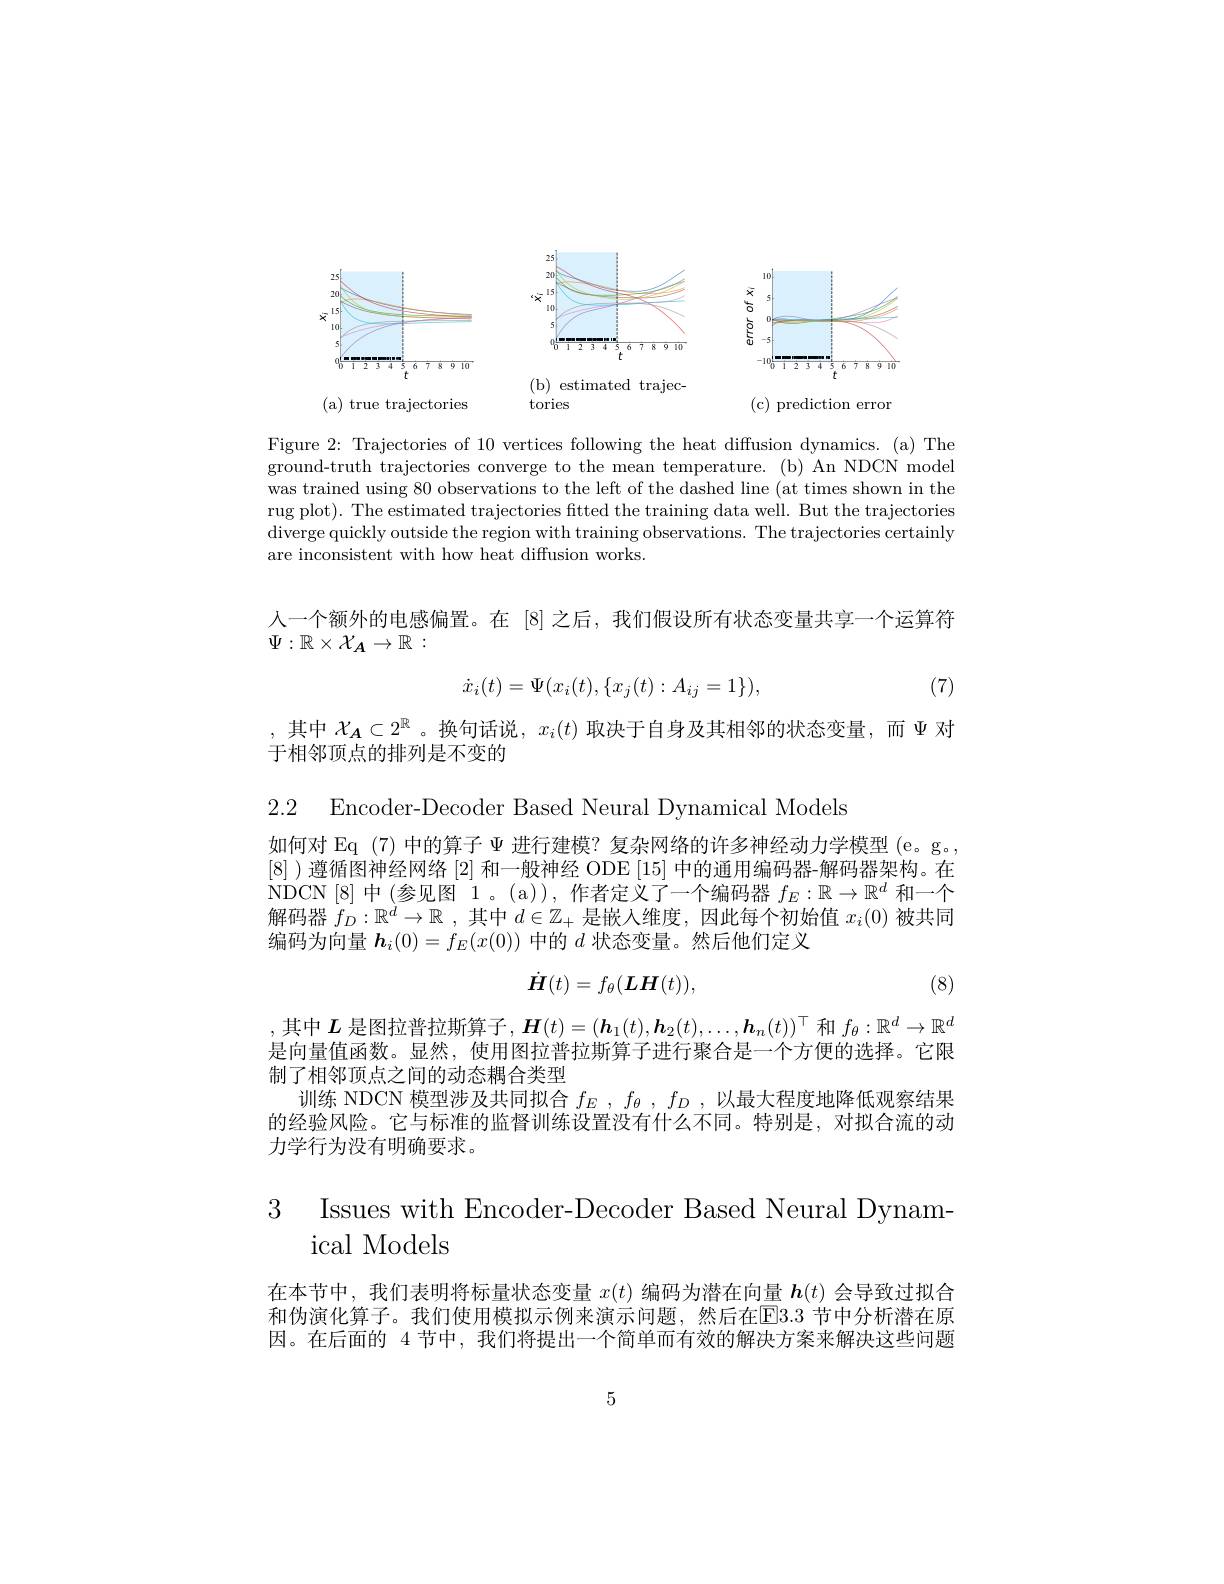
<FigureHere>

tories

(c)prediction error

(a) true trajectories

Figure 2: Trajectories of 10 vertices following the heat diffusion dynamics. (a) The ground-truth trajectories converge to the mean temperature. (b) An NDCN model was trained using 80 observations to the left of the dashed line (at times shown in the rug plot). The estimated trajectories fitted the training data well. But the trajectories ${\text{diverge quickly outside the region with training observations. The trajectories certainly}}$ are inconsistent with how heat diffusion works.

人一个额外的电感偏置。在[8]之后，我们假设所有状态变量共享一个运算符
$\Psi:\mathbb{R}\times\mathcal{X}_{A}\to\mathbb{R}:$

(7)
$$\dot{x}_i(t)=\Psi(x_i(t),\{x_j(t):A_{ij}=1\}),$$
,其中$\mathcal{X}_{\boldsymbol{A}}\subset2^{\mathbb{R}}$ 。换句话说，$x_i(t)$取决于自身及其相邻的状态变量，而$\Psi$对
于相邻顶点的排列是不变的

2.2 Encoder-Decoder Based Neural Dynamical Models

如何对 Eq (7)中的算子$\Psi$进行建模？复杂网络的许多神经动力学模型 (e。g。, [8] )遵循图神经网络 [2] 和一般神经 ODE [15] 中的通用编码器-解码器架构。在NDCN[8]中(参见图 1。(a)), 作者定义了一个编码器$f_E:\mathbb{R}\to\mathbb{R}^d$和一个解码器$f_D:\mathbb{R}^d\to\mathbb{R}$ ,其中$d\in\mathbb{Z}_+$是嵌人维度，因此每个初始值$x_i(0)$被共同编码为向量$\boldsymbol h_i(0)=f_E(x(0))$中的$d$状态变量。然后他们定义
$$\dot{\boldsymbol{H}}(t)=f_\theta(\boldsymbol{LH}(t)),$$
(8)

$\vdash L$
$$\boldsymbol{H}(t)=(\boldsymbol{h}_1(t),\boldsymbol{h}_2(t),\ldots,\boldsymbol{h}_n(t))^\top $$
$f_\theta:\mathbb{R}^d\to\mathbb{R}^d$
是向量值函数。显然，使用图拉普拉斯算子进行聚合是一个方便的选择。它限
制了相邻顶点之间的动态耦合类型
训练 NDCN 模型涉及共同拟合$f_E$ , $f_\theta$ , $f_D$ , 以最大程度地降低观察结果的经验风险。它与标准的监督训练设置没有什么不同。特别是，对拟合流的动力学行为没有明确要求。

3 Issues with Encoder-Decoder Based Neural Dynam-
# ical Models

在本节中，我们表明将标量状态变量$x(t)$编码为潜在向量$\boldsymbol{h}(t)$会导致过拟合和伪演化算子。我们使用模拟示例来演示问题，然后在[E]3.3 节中分析潜在原因。在后面的 4 节中，我们将提出一个简单而有效的解决方案来解决这些问题

5